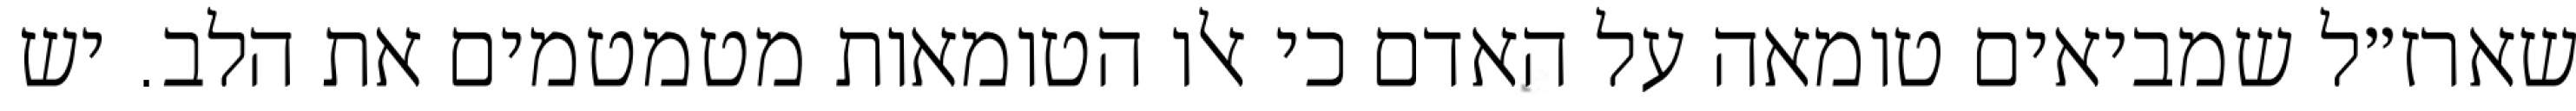
שארז״ל שמביאים טומאה על האדם כי אלו הטומאות מטמטמים את הלב. יש